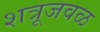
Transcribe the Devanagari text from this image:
शत्रूजवळ